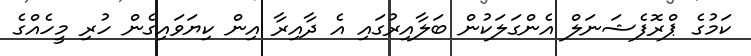
ކަމުގެ ޕްރޮފެޝަނަލް އެންގަލަކުން ބަލާއިރުގައި އެ ދާއިރާ އިން ކިޔަވައިގެން ހުރި މީހެއްގެ